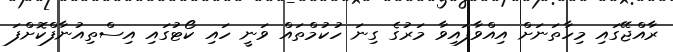
ރާއްޖޭގައި މިހާތަނަށް އިއްވާފައިވާ މަރުގެ ގިނަ ހުކުމްތައް ވަނީ ހައި ކޯޓުގައި އިސްތިއުނާފްކޮށްފަ